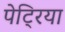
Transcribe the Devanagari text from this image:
पेट्रिया